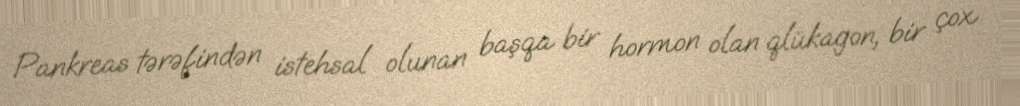
Pankreas tərəfindən istehsal olunan başqa bir hormon olan qlükagon, bir çox